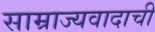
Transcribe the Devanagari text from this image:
साम्राज्यवादाची